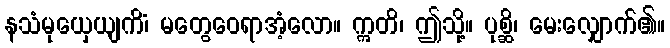
နသံမုယှေယျကိံ၊ မတွေဝေရာအံ့လော။ ဣတိ၊ ဤသို့။ ပုစ္ဆိ၊ မေးလျှောက်၏။